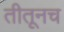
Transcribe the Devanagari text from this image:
तीतूनच